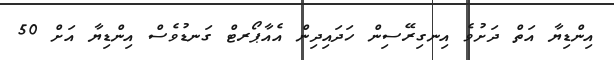
އިންޑިޔާ އަތް ދަށުވެ އިނގިރޭސިން ހަދައިދިން އެއާޕޯރޓް ގަނޑުވެސް އިންޑިޔާ އަށް 50